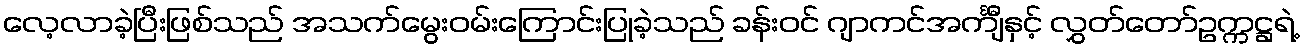
လေ့လာခဲ့ပြီးဖြစ်သည် အသက်မွေးဝမ်းကြောင်းပြုခဲ့သည် ခန်းဝင် ဂျာကင်အင်္ကျီနှင့် လွှတ်တော်ဥက္ကဋ္ဌရဲ့